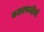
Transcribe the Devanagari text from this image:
नजरबन्दीयों